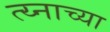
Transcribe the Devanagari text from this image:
त्य्नाच्या